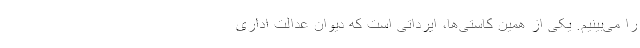
را می‌بینیم. یکی از همین کاستی‌ها، ایرداتی است که دیوان عدالت اداری